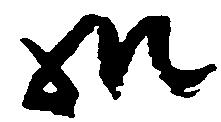
御